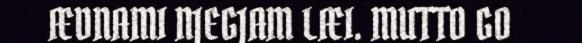
ÆDNAMI NJEGJAM LÆI. MUTTO GO